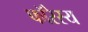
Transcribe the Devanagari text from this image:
फॉरेस्य